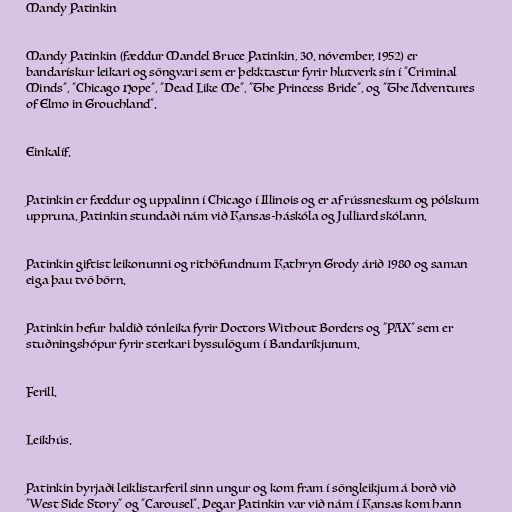
Mandy Patinkin

Mandy Patinkin (fæddur Mandel Bruce Patinkin, 30. nóvember, 1952) er
bandarískur leikari og söngvari sem er þekktastur fyrir hlutverk sín í "Criminal
Minds", "Chicago Hope", "Dead Like Me", "The Princess Bride", og "The Adventures
of Elmo in Grouchland".

Einkalíf.

Patinkin er fæddur og uppalinn í Chicago í Illinois og er af rússneskum og pólskum
uppruna. Patinkin stundaði nám við Kansas-háskóla og Julliard skólann.

Patinkin giftist leikonunni og rithöfundnum Kathryn Grody árið 1980 og saman
eiga þau tvö börn.

Patinkin hefur haldið tónleika fyrir Doctors Without Borders og "PAX" sem er
stuðningshópur fyrir sterkari byssulögum í Bandaríkjunum.

Ferill.

Leikhús.

Patinkin byrjaði leiklistarferil sinn ungur og kom fram í söngleikjum á borð við
"West Side Story" og "Carousel". Þegar Patinkin var við nám í Kansas kom hann